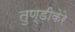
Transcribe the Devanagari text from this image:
तुण्डीकेरे